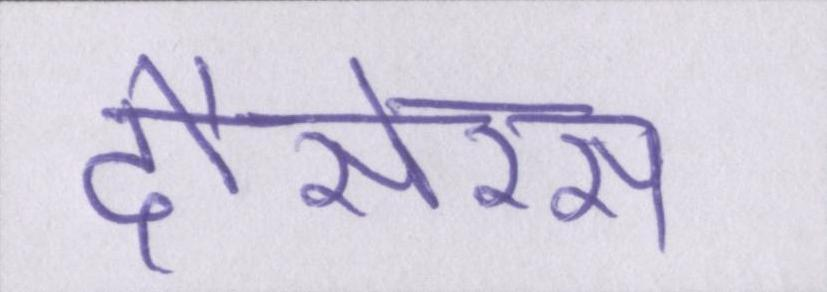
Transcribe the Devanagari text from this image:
दौसेरस